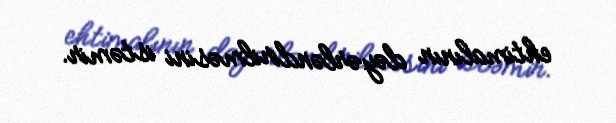
ehtimalının dəyərləndirilməsini istəmir.